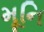
મૂનિ